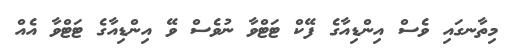
މިތާނގައި ވެސް އިންޑިއާގެ ފޭކް ޓަޓްވާ ނުވެސް ވޭ އިންޑިއާގެ ޓަޓްވާ އެއް